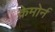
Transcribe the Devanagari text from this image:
क्रेमोर्न